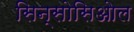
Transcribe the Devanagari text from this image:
सिन्सोसिओल